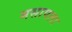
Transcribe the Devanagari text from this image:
मसापला